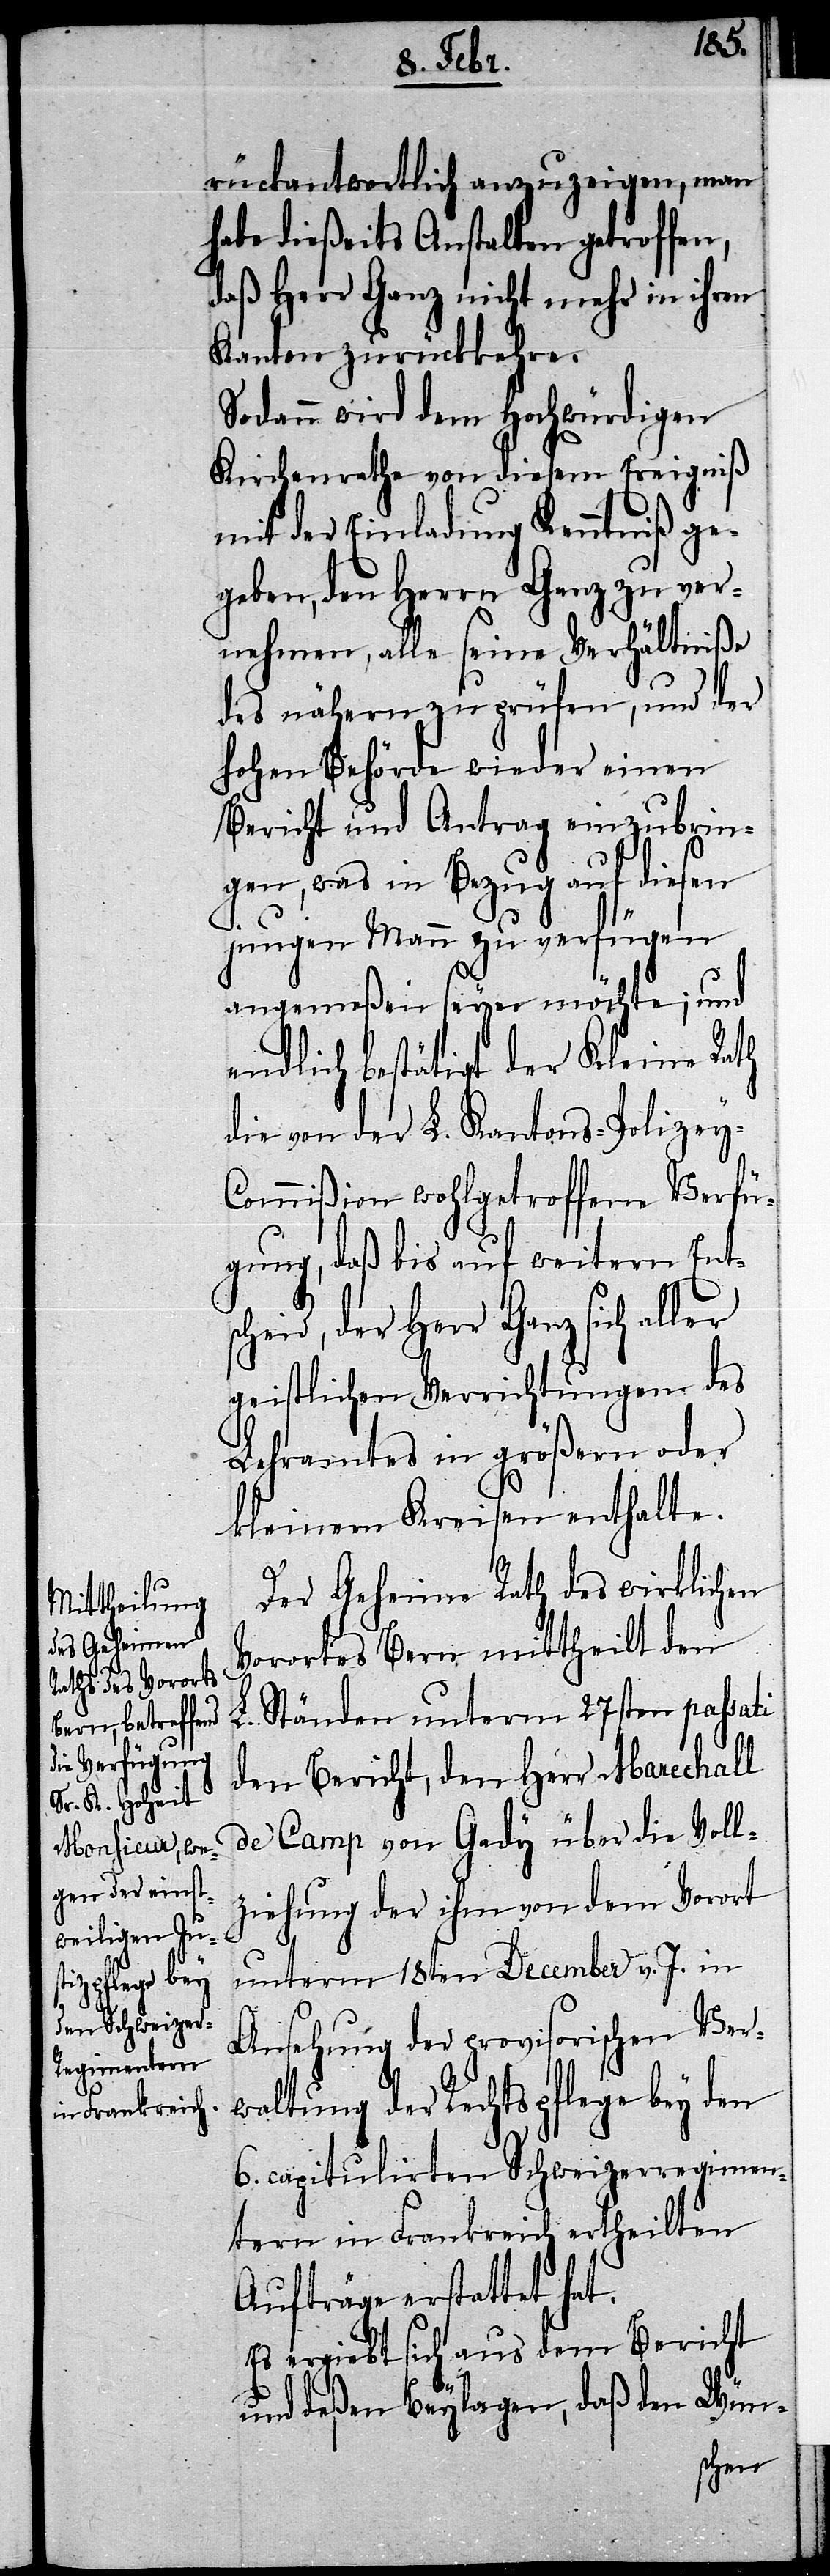
rückantwortlich anzuzeigen, man
habe dießeits Anstalten getroffen,
daß Herr Ganz nicht mehr in ihren
Kanton zurückkehre.
Sodann wird dem Hochwürdigen
Kirchenrathe von diesem Ereigniß
mit der Einladung Kenntniß ge¬
geben, den Herrn Ganz zu ver¬
nehmen, alle seine Verhältniße
des nähern zu prüfen, und der
hohen Behörde wieder einen
Bericht und Antrag einzubrin¬
gen, was in Bezug auf diesen
jungen Mann zu verfügen
angemeßen seyn möchte; und
endlich bestätigt der Kleine Rath
die von der L. Kantons-Polizey-C¬
ommißion wohlgetroffene Verfü¬
gung, daß bis auf weitern Ents¬
cheid, der Herr Ganz sich aller
geistlichen Verrichtungen des
Lehramtes in größern oder
kleinern Kreisen enthalte.
Der Geheime Rath des wirklichen
Vorortes Bern mittheilt den
L. Ständen unterm 27sten passati
den Bericht, den Herr Marechall
de Camp von Gady über die Voll¬
ziehung der ihm von dem Vorort
unterm 18ten December v. J. in
Ansehung der provisorischen Ver¬
waltung der Rechtspflege bey den
6. capitulirten Schweizerregimen¬
tern in Frankreich ertheilten
Aufträge erstattet hat.
Es ergiebt sich aus dem Bericht
und deßen Beylagen, daß den Wün-